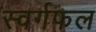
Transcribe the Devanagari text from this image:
स्वर्गफल